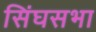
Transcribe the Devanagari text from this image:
सिंघसभा